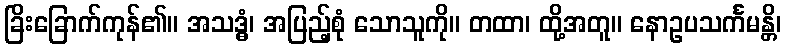
ခြိးခြောက်ကုန်၏။ အသဒ္ဓံ၊ အပြည့်စုံ သောသူကို။ တထာ၊ ထို့အတူ။ နောဥပသင်္ကမန္တိ၊